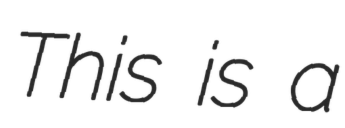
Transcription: This is a